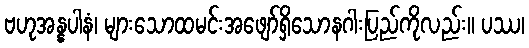
ဗဟုအန္နပါနံ၊ များသောထမင်းအဖျော်ရှိသောနဂါးပြည်ကိုလည်း။ ပဿ၊